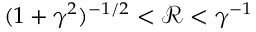
( 1 + \gamma ^ { 2 } ) ^ { - 1 / 2 } < \mathcal R < \gamma ^ { - 1 }